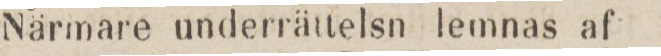
Närmare underrättelsn lemnas af